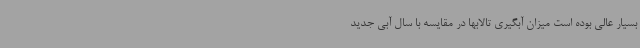
بسیار عالی بوده است میزان آبگیری تالابها در مقایسه با سال آبی جدید